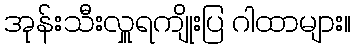
အုန်းသီးလှူရကျိုးပြ ဂါထာများ။